Civil Veterinary Dept. Bombay admin report 1932-41 - 1932-1941
Year: 1932
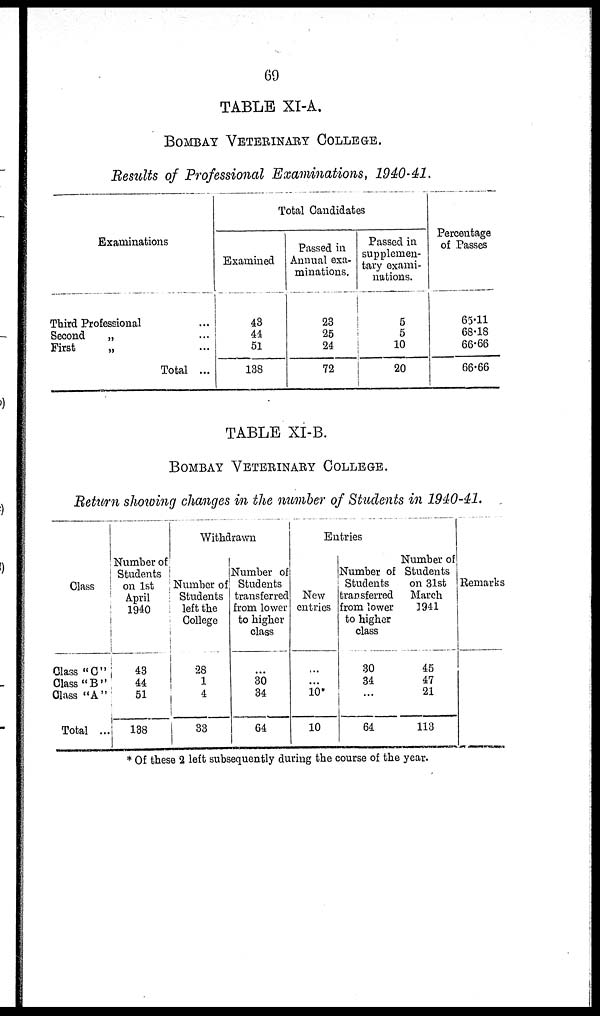
69
TABLE XI-A,
BOMBAY VETERINARY COLLEGE.
Results of Professional Examinations, 1940-41.
Examinations
Third Professional ...
Second
„ ...
First
„ ...
Total ...
Total Candidates
Examined
43
44
51
138
Passed in
Annual exa-
minations.
23
25
24
72
Passed in
supplemen-
tary exami-
nations.
5
5
10
20
Percentage
of Passes
65.11
68.18
66.66
66.66
TABLE XI-B.
BOMBAY VETERINARY COLLEGE.
Return showing changes in the number of Students in 1940-41.
Class
Class "C"
Class "B"
Class "A"
Total ...
Number of
Students
on 1st
April
1940
43
44
51
188
Withdrawn
Number of
Students
left the
College
28
1
4
33
Number of
Students
transferred
from lower
to higher
class
...
30
34
64
Entries
New
entries
...
...
10*
10
Number of
Students
transferred
from lower
to higher
class
30
34
...
64
Number of
Students
on 31st
March
1941
45
47
21
113
Remarks
* Of these 2 left subsequently during the course of the year.